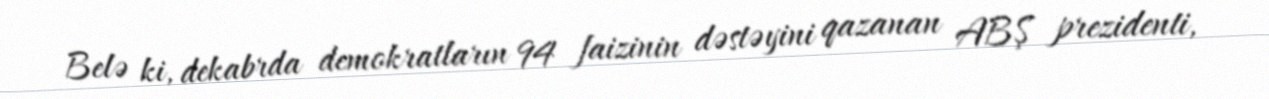
Belə ki, dekabrda demokratların 94 faizinin dəstəyini qazanan ABŞ prezidenti,